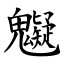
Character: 䰯